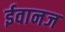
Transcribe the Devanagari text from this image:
ईवानज